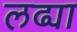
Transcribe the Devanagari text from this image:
लढ्या